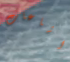
اشاعات